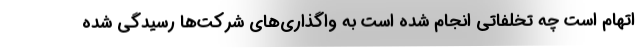
اتهام است چه تخلفاتی انجام شده است به واگذاری‌های شرکت‌ها رسیدگی شده